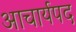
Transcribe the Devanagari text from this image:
आचार्यपद